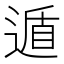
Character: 遁